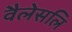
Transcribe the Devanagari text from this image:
वैलेसलि